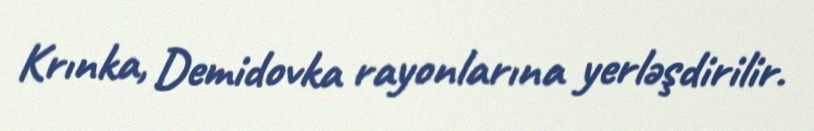
Krınka, Demidovka rayonlarına yerləşdirilir.